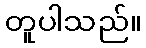
တူပါသည်။